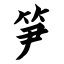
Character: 笋